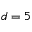
d = 5